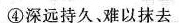
④深远持久、难以抹去